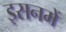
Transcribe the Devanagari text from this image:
इसनमें